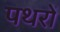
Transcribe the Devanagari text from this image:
पथरों